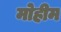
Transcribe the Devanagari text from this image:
मोेहीम